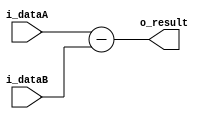
`timescale 1ns / 1ps
//////////////////////////////////////////////////////////////////////////////////
// Company: 
// Engineer: 
// 
// Design Name: 
// Module Name: GenericSubtractor
// Project Name: 
// Target Devices: 
// Tool Versions: 
// Description: 
// 
// Dependencies: 
// 
// Revision:
// Revision 0.01 - File Created
// Additional Comments:
// 
//////////////////////////////////////////////////////////////////////////////////


module GenericSubtractor
    #(
        parameter LEN = 32
    )
    (
        input  wire [LEN-1:0] i_dataA,
        input  wire [LEN-1:0] i_dataB,
        output wire [LEN-1:0] o_result
    );
    
    /*
    GenericSubtractor
    #(
        .LEN(32)
    )
    u1_RestaMenos4
    (
        .i_dataA  (),
        .i_dataB  (),
        .o_result ()
    );
    */
    
    assign o_result = i_dataA - i_dataB;
endmodule